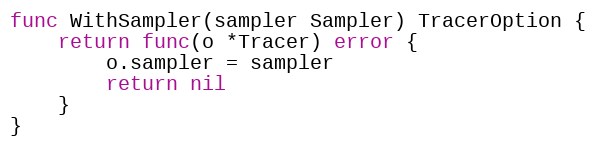
Language: Go
func WithSampler(sampler Sampler) TracerOption {
	return func(o *Tracer) error {
		o.sampler = sampler
		return nil
	}
}